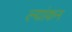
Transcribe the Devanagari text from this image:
ल्यांकन